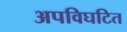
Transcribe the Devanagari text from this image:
अपविघटित